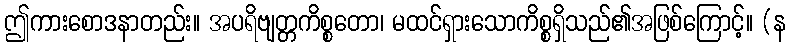
ဤကားစောဒနာတည်း။ အပရိဗျတ္တကိစ္စတော၊ မထင်ရှားသောကိစ္စရှိသည်၏အဖြစ်ကြောင့်။ (န